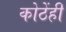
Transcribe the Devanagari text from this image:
कोठेंही